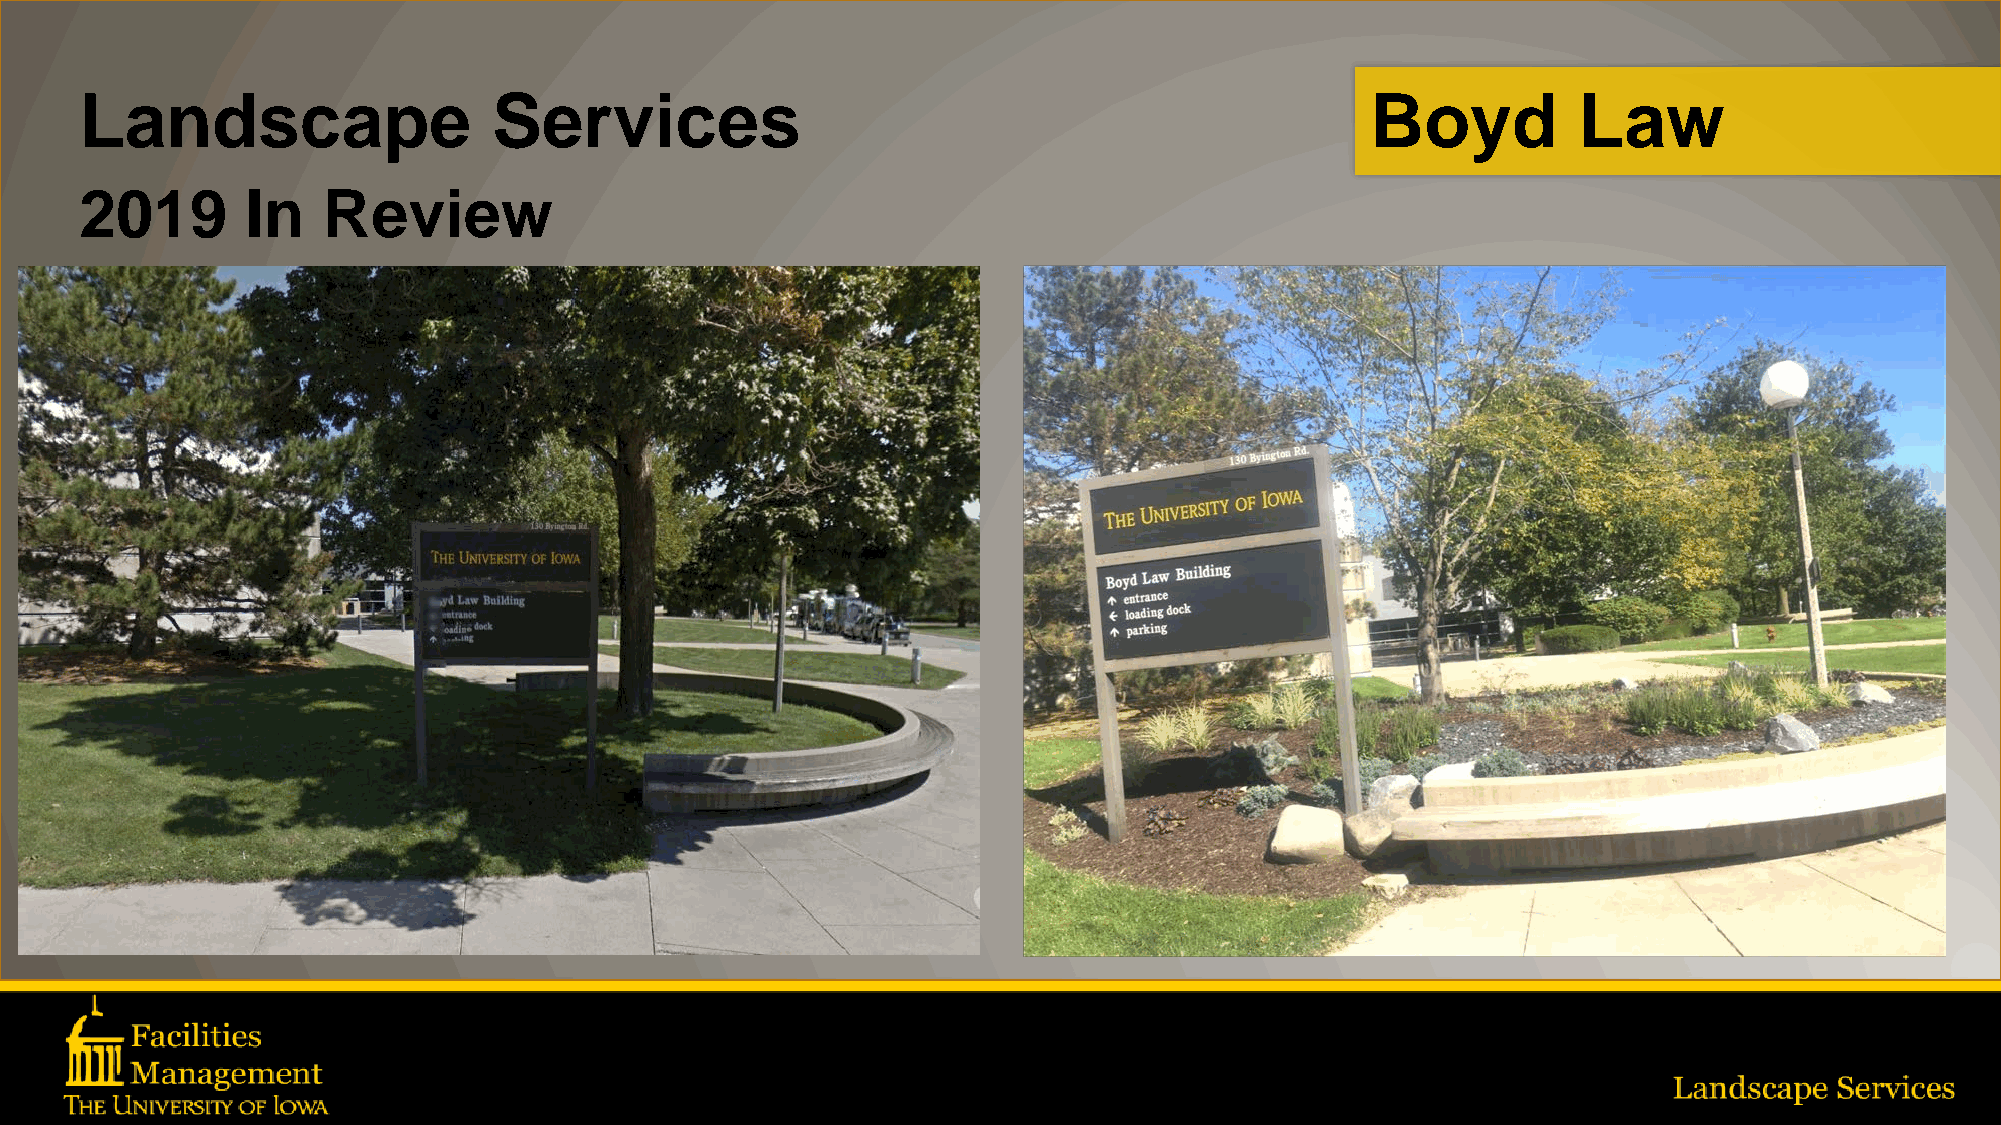
Landscape                   Services                                                  Boyd         Law
 2019       In   Review